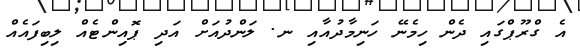
އެ ގްރޫޕްގައި ދެން ހިމެނޭ ހަނިމާދުއާއި ނ. ލަންދުއަށް އަދި ޕޮއިންޓެއް ލިބިފައެއް